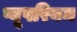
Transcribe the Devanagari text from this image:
प्यूपरियम